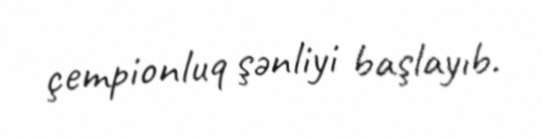
çempionluq şənliyi başlayıb.